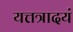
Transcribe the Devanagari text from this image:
यत्तत्रादयं